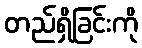
တည်ရှိခြင်းကို